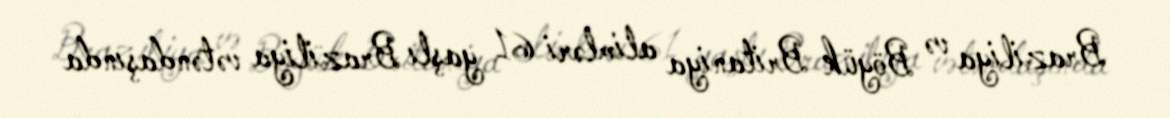
Braziliya və Böyük Britaniya alimləri 61 yaşlı Braziliya vətəndaşında